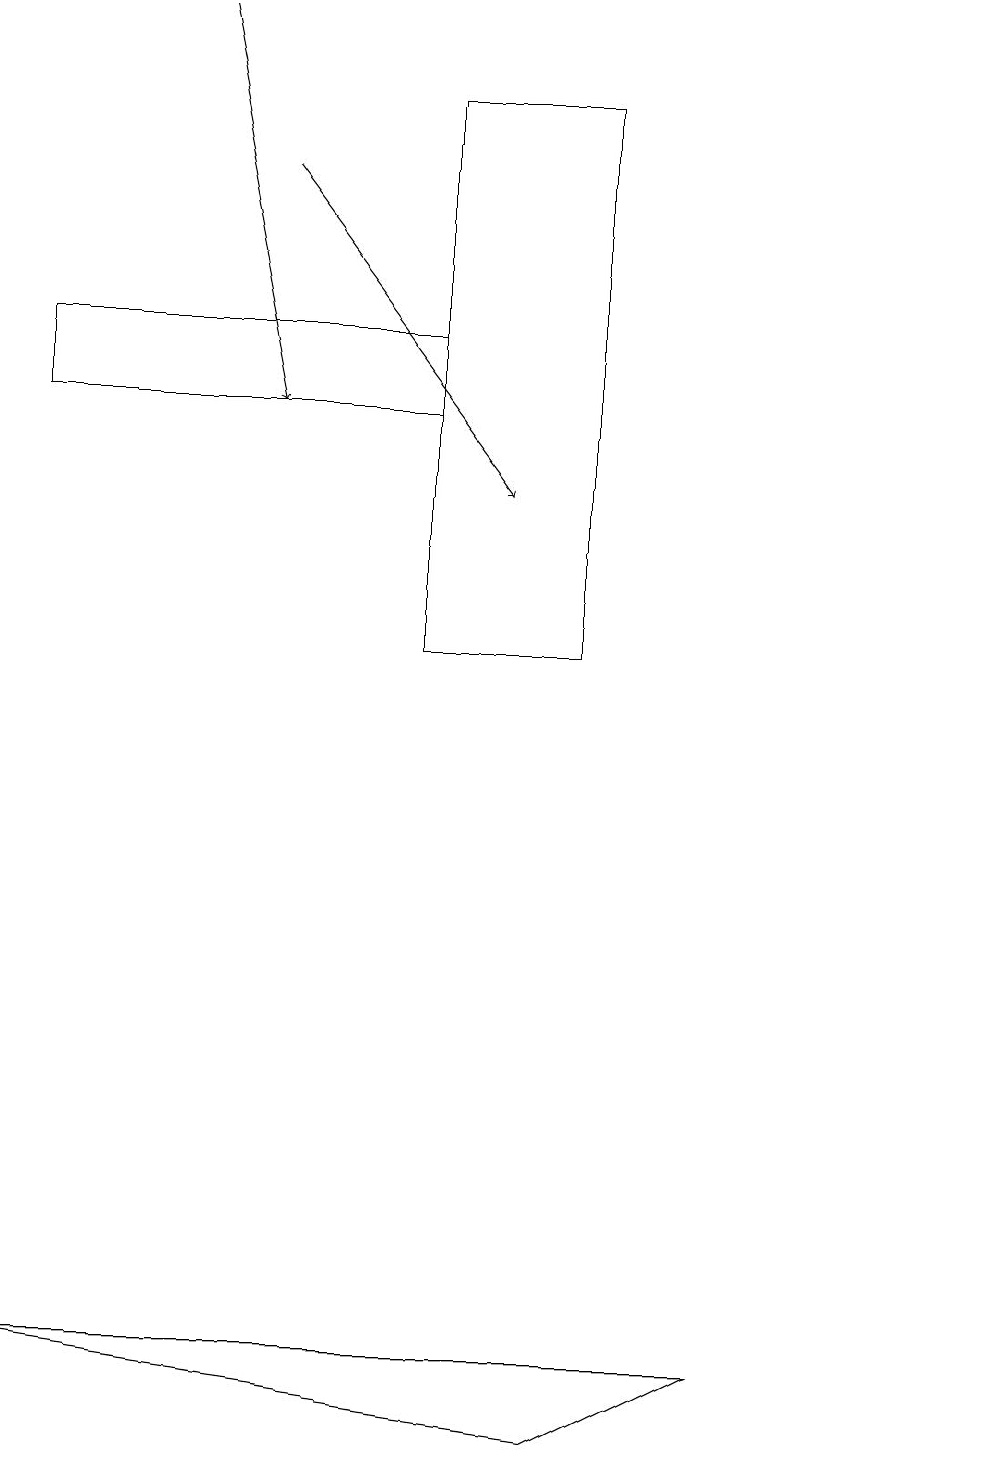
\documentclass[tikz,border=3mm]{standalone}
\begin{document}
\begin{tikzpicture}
\draw[->] (3,16) -- (6,12);
\draw (12,12) circle (0);
\draw (0,1) -- (7,0) -- (9,1) -- cycle;
\draw (5,13) rectangle (0,14);
\draw (7,10) rectangle (5,17);
\draw[->] (2,18) -- (3,13);
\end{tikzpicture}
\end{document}